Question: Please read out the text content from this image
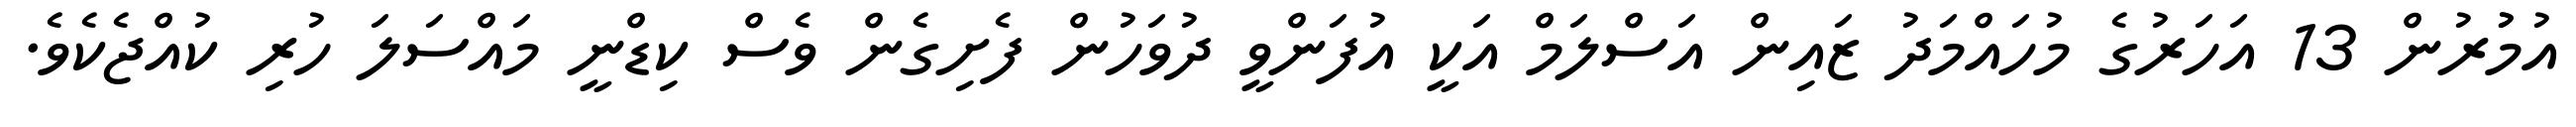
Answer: އުމުުރުން 13 އަހަރުގެ މުހައްމަދު ޒައިން އަސްލަމް އަކީ އުފަންވީ ދުވަހުން ފެށިގެން ވެސް ކިޑްނީ މައްސަލަ ހުރި ކުއްޖެކެވެ.